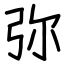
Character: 弥